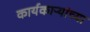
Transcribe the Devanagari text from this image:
कार्यकाऱ्यांच्या